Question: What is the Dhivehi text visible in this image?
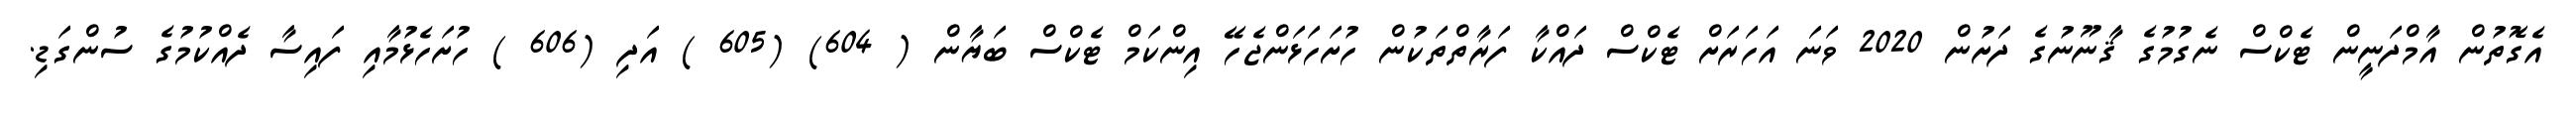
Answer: އެގޮތުން އާމްދަނީން ޓެކްސް ނެގުމުގެ ޤާނޫނުގެ ދަށުން 2020 ވަނަ އަހަރަށް ޓެކްސް ދައްކާ ފަރާތްތަކުން ހުށަހަޅަންޖެހޭ އިންކަމް ޓެކްސް ބަޔާން ( 604) (605 ) އަދި (606 ) ހުށަހެޅުމާއި ފައިސާ ދެއްކުމުގެ ސުންގަޑި.